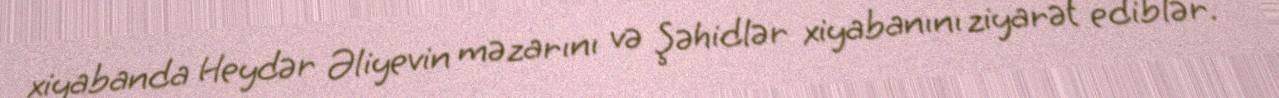
xiyabanda Heydər Əliyevin məzarını və Şəhidlər xiyabanını ziyarət ediblər.